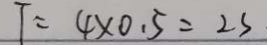
T = 4 \times 0 . 5 = 2 s